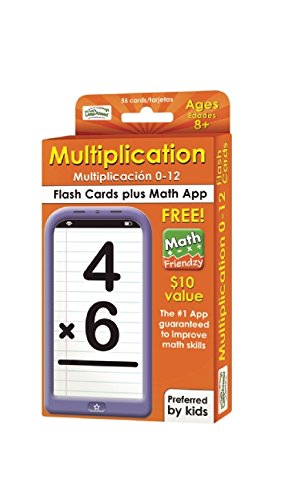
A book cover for Multiplication 0-12 Flash Cards; Alex A. Lluch; Test Preparation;